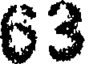
63